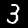
Digit: 3